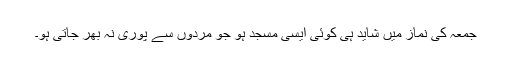
جمعہ کی نماز میں شاید ہی کوئی ایسی مسجد ہو جو مردوں سے پوری نہ بھر جاتی ہو۔